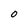
Character: O